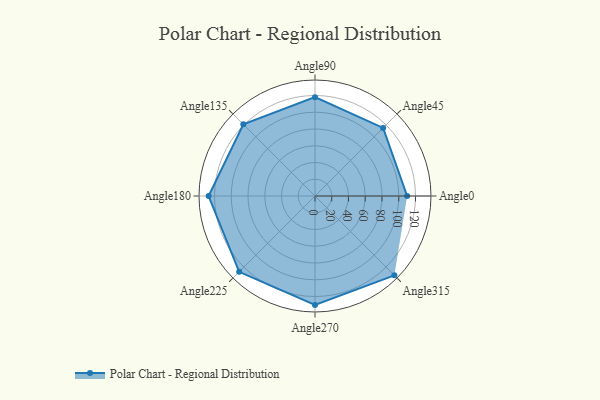
{"axis": {"x": "Angle", "y": "Radius"}, "legend": [""], "data": [{"x": "Angle0", "y": 110.0, "type": ""}, {"x": "Angle45", "y": 115.0, "type": ""}, {"x": "Angle90", "y": 118.0, "type": ""}, {"x": "Angle135", "y": 121.0, "type": ""}, {"x": "Angle180", "y": 127.0, "type": ""}, {"x": "Angle225", "y": 128.0, "type": ""}, {"x": "Angle270", "y": 130.0, "type": ""}, {"x": "Angle315", "y": 134.0, "type": ""}]}